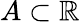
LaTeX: A\subset\mathbb{R}